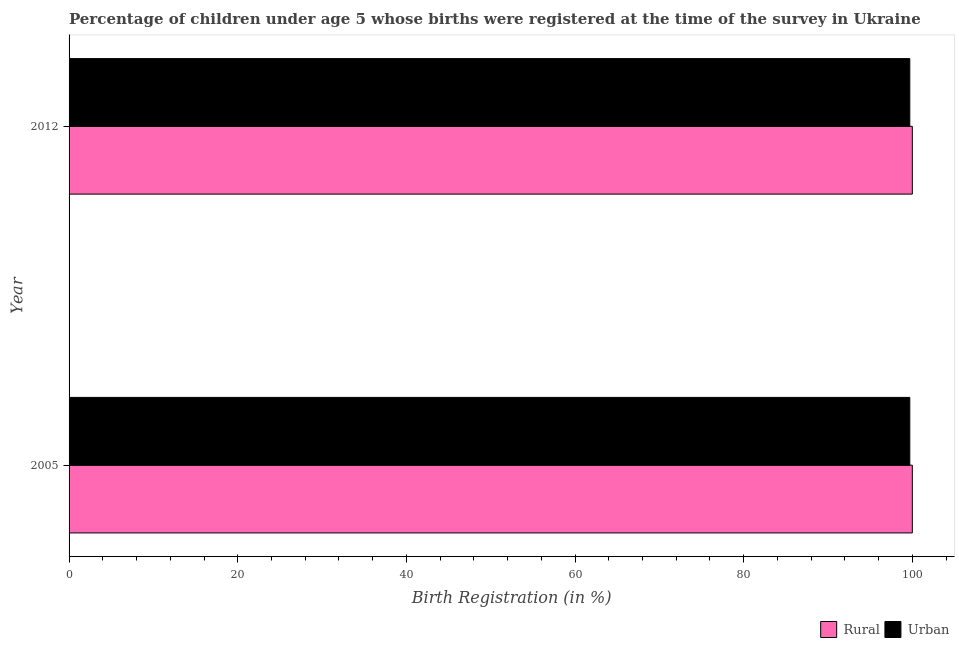
| Year | Rural | Urban |
 | --- | --- | --- |
 | 2005 | 100 | 99.7 |
 | 2012 | 100 | 99.7 |